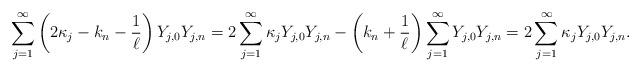
LaTeX: \begin{align*}\sum_{j=1}^\infty \left(2\kappa_j-k_n -\frac{1}{\ell}\right)Y_{j,0}Y_{j,n}=2\sum_{j=1}^\infty \kappa_j Y_{j,0}Y_{j,n}-\left(k_n +\frac{1}{\ell}\right)\sum_{j=1}^\infty Y_{j,0}Y_{j,n}=2\sum_{j=1}^\infty \kappa_j Y_{j,0}Y_{j,n}.\end{align*}